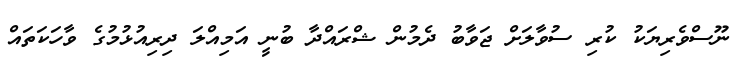
ނޫސްވެރިޔަކު ކުރި ސުވާލަށް ޖަވާބު ދެމުން ޝްރައްދާ ބުނީ އަމިއްލަ ދިރިއުޅުމުގެ ވާހަކަތައް